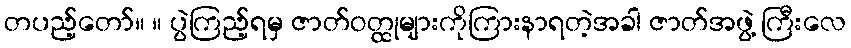
တပည့်တော်။ ။ ပွဲကြည့်ရမှ ဇာတ်ဝတ္ထုများကိုကြားနာရတဲ့အခါ ဇာတ်အဖွဲ့ ကြီးလေ